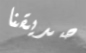
صديقنا